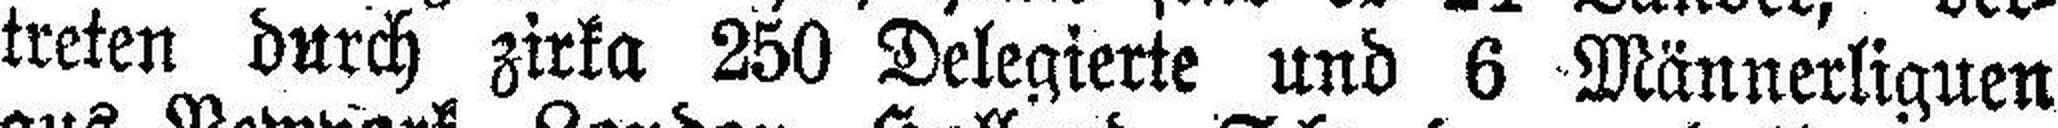
treten durch zirka 250 Delegierte und 6 Männerliguen